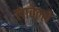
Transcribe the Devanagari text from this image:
लावेल्ले